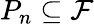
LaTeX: P_{n}\subseteq\mathcal{F}